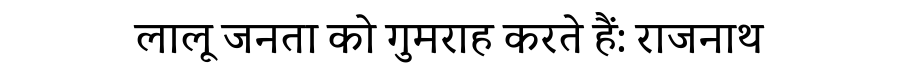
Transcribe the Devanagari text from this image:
लालू जनता को गुमराह करते हैं: राजनाथ